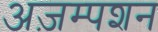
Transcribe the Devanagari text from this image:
अज़म्पशन